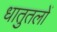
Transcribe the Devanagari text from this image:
धातुतलों